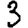
Digit: 3